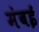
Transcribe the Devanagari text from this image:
मंबई